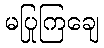
မပြုကြချေ